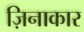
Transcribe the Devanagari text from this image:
ज़िनाकार